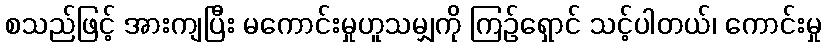
စသည်ဖြင့် အားကျပြီး မကောင်းမှုဟူသမျှကို ကြဉ်ရှောင် သင့်ပါတယ်၊ ကောင်းမှု